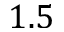
1 . 5